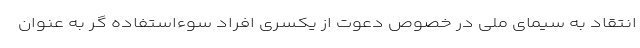
انتقاد به سیمای ملی در خصوص دعوت از یکسری افراد سوءاستفاده گر به عنوان